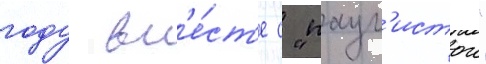
году вм'е́ст'е с "паул'истои"